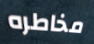
مخاطره